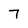
Character: 7